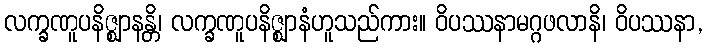
လက္ခဏူပနိဇ္ဈာနန္တိ၊ လက္ခဏူပနိဇ္ဈာနံဟူသည်ကား။ ဝိပဿနာမဂ္ဂဖလာနိ၊ ဝိပဿနာ,